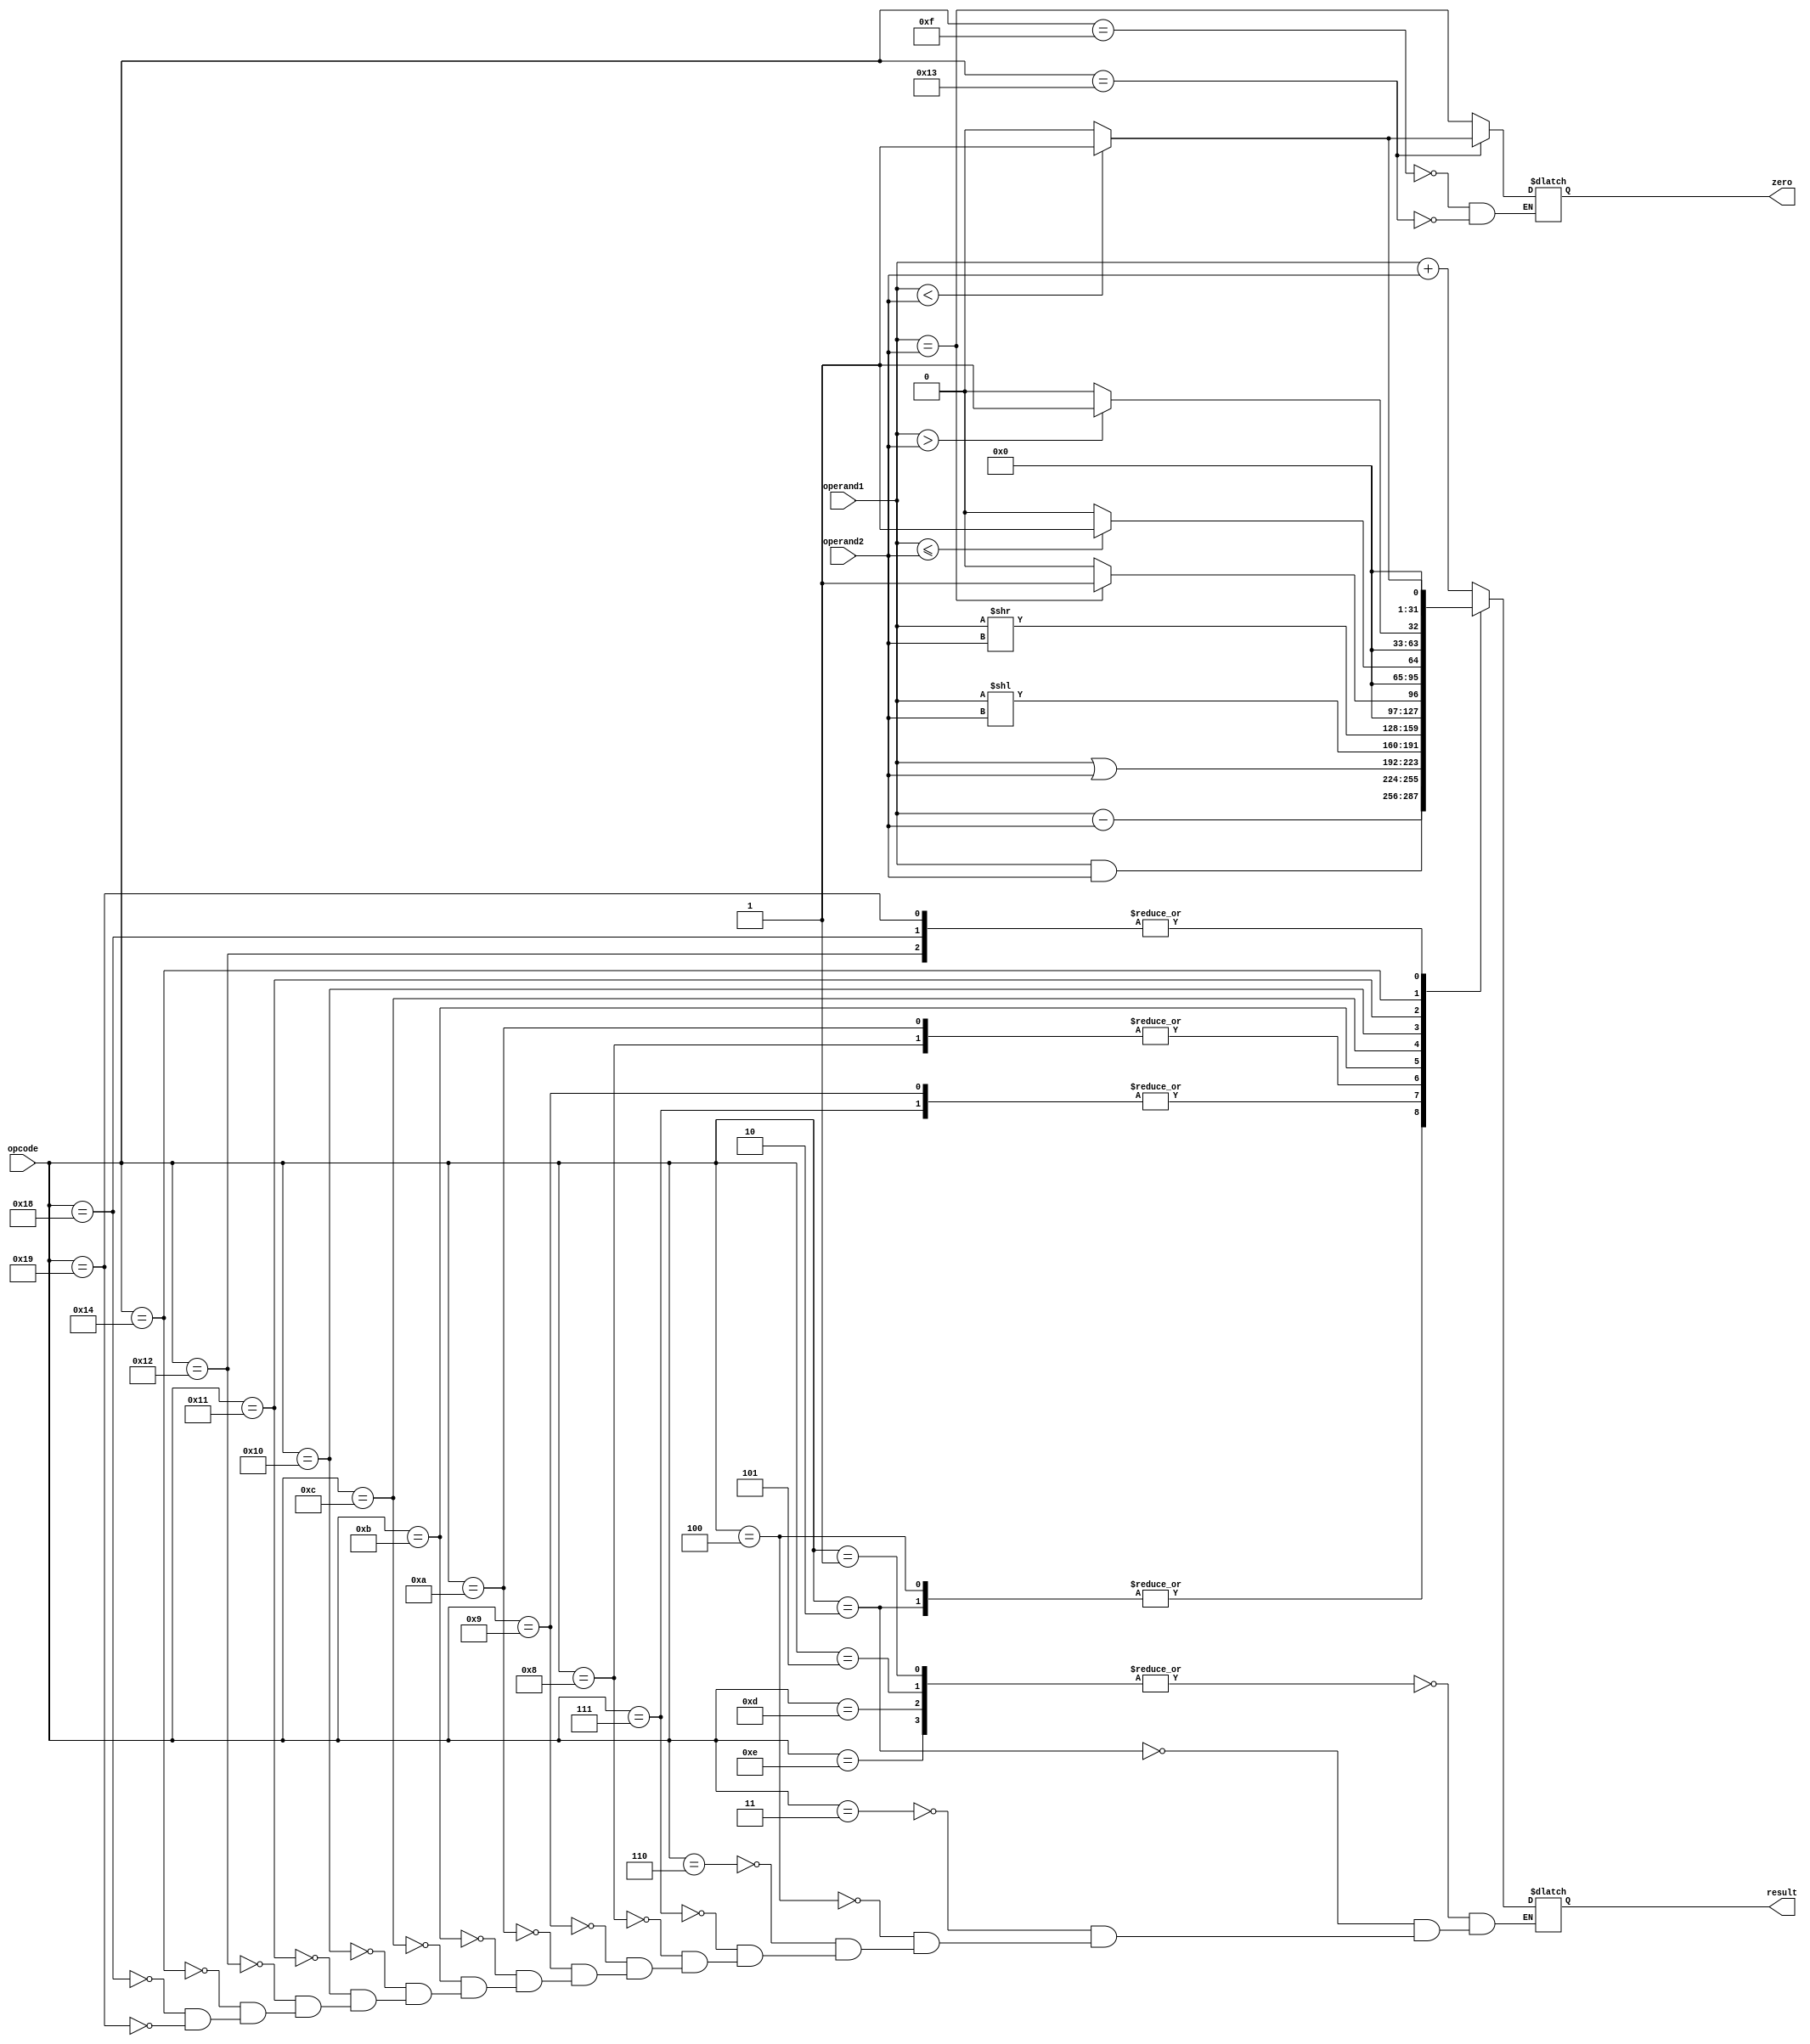






module ALU(
    input [31:0] operand1,
    input [31:0] operand2,
    input [5:0] opcode,
    output reg [31:0] result,
    output reg zero
);

always @(opcode or operand1 or operand2) begin
    case(opcode)
        6'd1,6'd5,6'd13,6'd14: result <= operand1 + operand2; 
        6'd2: result <= operand1 - operand2; 
        6'd15: zero <= (operand1==operand2);
        6'd19: zero <= operand1<operand2?1:0;
        6'd3 : result<=operand1+operand2;
        6'd4 : result<=operand1-operand2;
        6'd6 : result<=operand1+operand2;
        6'd7: result<=operand1&operand2;
        6'd8 : result<=operand1|operand2;
        6'd9 : result<=operand1&operand2;
        6'd10 : result<=operand1|operand2;
        6'd11 : result<=operand1<<operand2;
        6'd12 : result<=operand1>>operand2;
        6'd16 : result<=(operand1==operand2 ? 32'd1:32'd0);
        6'd17 : result<=(operand1<=operand2  ? 32'd1:32'd0);
        6'd18 : result<=(operand1<operand2  ? 32'd1:32'd0);
        6'd20 : result<=(operand1>operand2 ? 32'd1:32'd0);
        6'd24 : result<=(operand1<operand2 ? 32'd1:32'd0);
        6'd25 : result<=(operand1<operand2 ? 32'd1:32'd0);

    endcase
end



endmodule